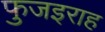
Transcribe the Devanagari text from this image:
फुजइराह